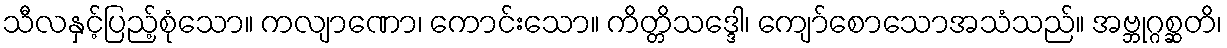
သီလနှင့်ပြည့်စုံသော။ ကလျာဏော၊ ကောင်းသော။ ကိတ္တိသဒ္ဒေါ၊ ကျော်စောသောအသံသည်။ အဗ္ဘုဂ္ဂစ္ဆတိ၊